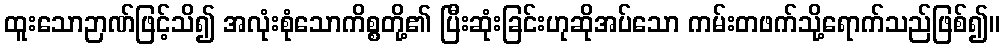
ထူးသောဉာဏ်ဖြင့်သိ၍ အလုံးစုံသောကိစ္စတို့၏ ပြီးဆုံးခြင်းဟုဆိုအပ်သော ကမ်းတဖက်သို့ရောက်သည်ဖြစ်၍။